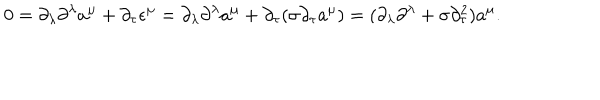
LaTeX: 0 = \partial _ { \lambda } \partial ^ { \lambda } a ^ { \mu } + \partial _ { \tau } \epsilon ^ { \mu } = \partial _ { \lambda } \partial ^ { \lambda } a ^ { \mu } + \partial _ { \tau } ( \sigma \partial _ { \tau } a ^ { \mu } ) = ( \partial _ { \lambda } \partial ^ { \lambda } + \sigma \partial _ { \tau } ^ { 2 } ) a ^ { \mu } .